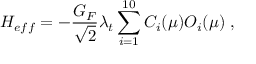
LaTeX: { \cal H } _ { e f f } = - \frac { G _ { F } } { \sqrt { 2 } } \lambda _ { t } \sum _ { i = 1 } ^ { 1 0 } C _ { i } ( \mu ) { \cal O } _ { i } ( \mu ) \; ,